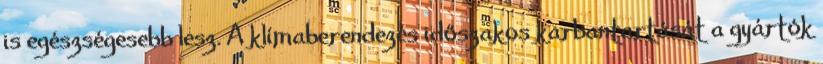
is egészségesebb lesz. A klímaberendezés időszakos karbantartását a gyártók